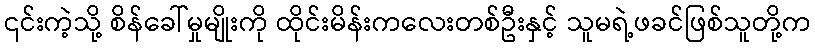
၎င်းကဲ့သို့ စိန်ခေါ်မှုမျိုးကို ထိုင်းမိန်းကလေးတစ်ဦးနှင့် သူမရဲ့ဖခင်ဖြစ်သူတို့က